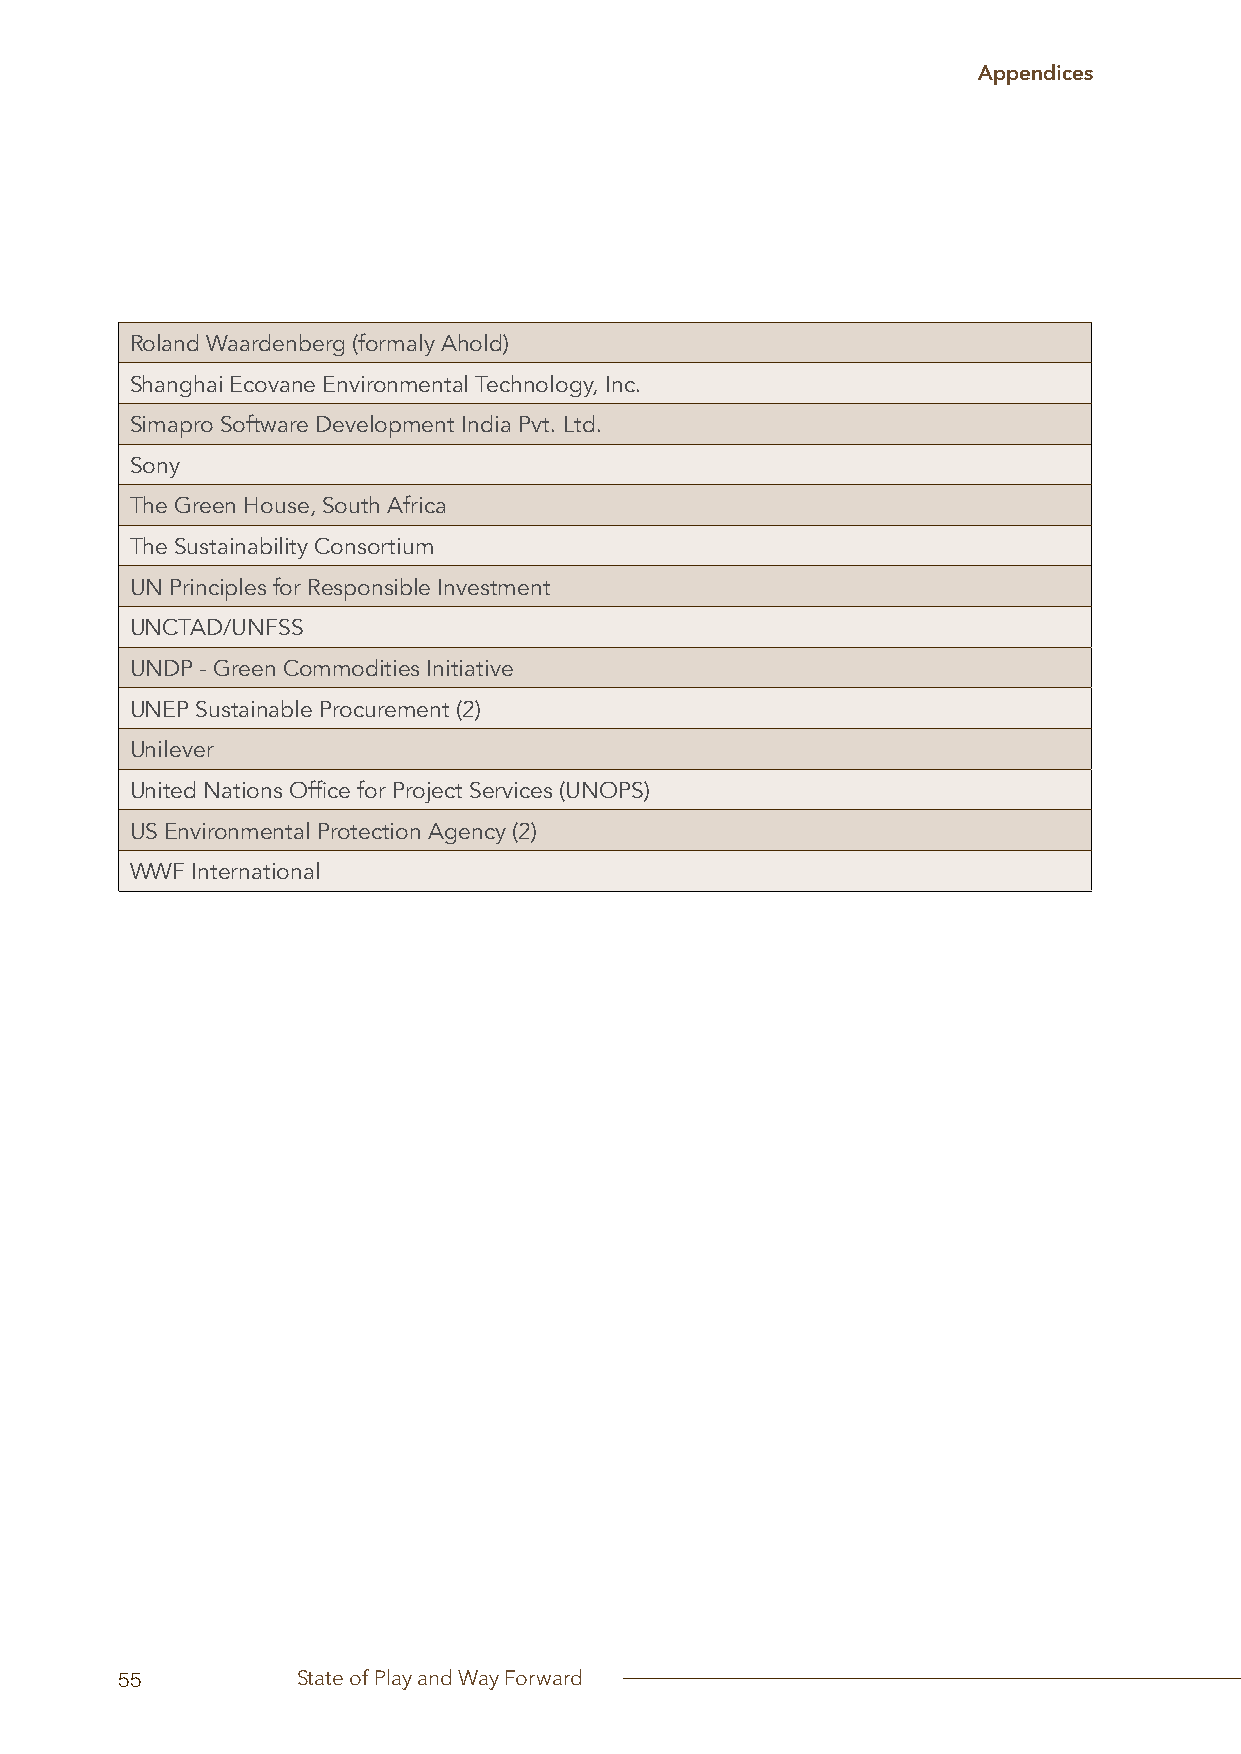
Appendices
 Roland Waardenberg (formaly Ahold)
 Shanghai Ecovane Environmental Technology, Inc.
 Simapro Software Development India Pvt. Ltd.
 Sony
 The Green House, South Africa
 The Sustainability Consortium
 UN Principles for Responsible Investment
 UNCTAD/UNFSS
 UNDP - Green Commodities Initiative
 UNEP Sustainable Procurement (2)
 Unilever
 United Nations Office for Project Services (UNOPS)
 US Environmental Protection Agency (2)
 WWF International
 55          State of Play and Way Forward